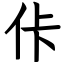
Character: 佧